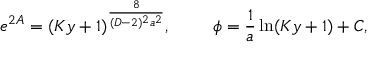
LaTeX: e ^ { 2 A } = ( K y + 1 ) ^ { \frac { 8 } { ( D - 2 ) ^ { 2 } a ^ { 2 } } } , \ \ \ \ \ \ \ \phi = { \frac { 1 } { a } } \ln ( K y + 1 ) + C ,